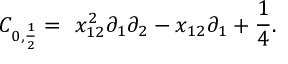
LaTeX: C _ { 0 , \frac { 1 } { 2 } } = \ x _ { 1 2 } ^ { 2 } \partial _ { 1 } \partial _ { 2 } - x _ { 1 2 } \partial _ { 1 } + \frac { 1 } { 4 } .